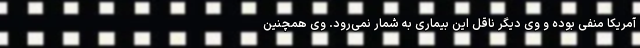
آمریکا منفی بوده و وی دیگر ناقل این بیماری به شمار نمی‌رود. وی همچنین